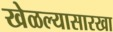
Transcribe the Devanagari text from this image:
खेळल्यासारखा